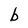
Character: b